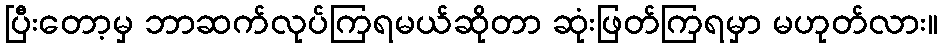
ပြီးတော့မှ ဘာဆက်လုပ်ကြရမယ်ဆိုတာ ဆုံးဖြတ်ကြရမှာ မဟုတ်လား။